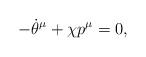
LaTeX: \begin{align*}-{\dot{\theta}}^{\mu }+\chi {p}^{\mu }=0, \end{align*}